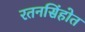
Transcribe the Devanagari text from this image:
रतनसिंहोत